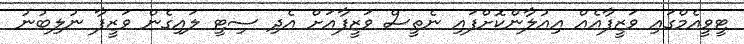
ޓީވީއެމްގައި ވަޒީފާއެއް އިއުލާންކޮށްފައި ނެތީސް ވަޒީފާއަށް އެދި ސިޓީ ލައިގެން ވަޒީފާ ނުލިބުނު